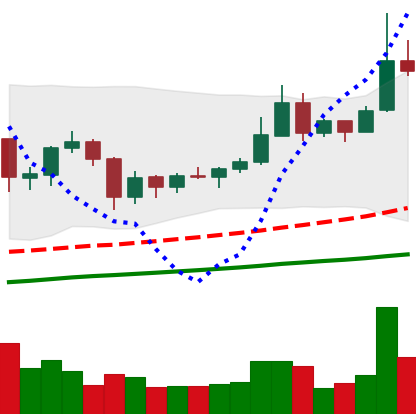
Ticker: XRP-USD
Chart end date: 2019-06-23
Forward return: -8.75%
Label: down_7plus